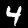
Digit: 4